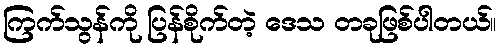
ကြက်သွန်ကို ပြန်စိုက်တဲ့ ဒေသ တခုဖြစ်ပါတယ်။